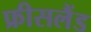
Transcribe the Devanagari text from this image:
फ्रीसलैंड